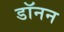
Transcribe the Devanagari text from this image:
डॉनन